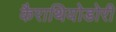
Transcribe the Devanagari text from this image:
कैराथियोडोरी